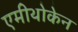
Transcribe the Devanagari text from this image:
एमीथोकेन